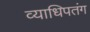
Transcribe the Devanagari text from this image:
व्याधिपतंग